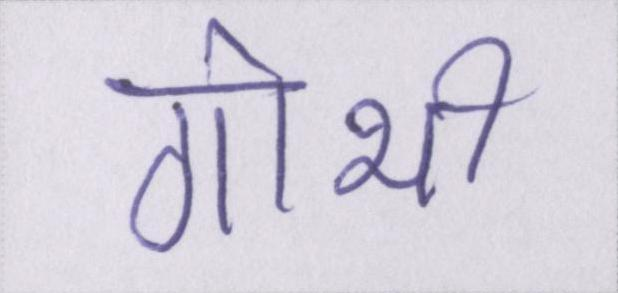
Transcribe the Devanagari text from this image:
गोभी